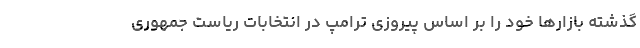
گذشته بازارها خود را بر اساس پیروزی ترامپ در انتخابات ریاست جمهوری